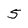
Character: 5